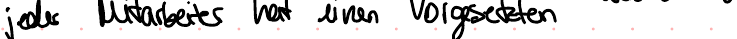
jeder Mitarbeiter hat einen Vorgesetzten